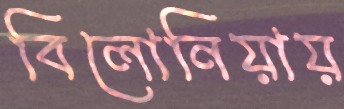
বিলোনিয়ায়